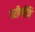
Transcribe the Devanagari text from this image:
परीणीति